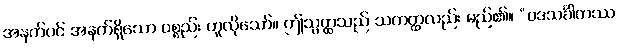
အနက်ပင် အနက်ရှိသော ပစ္စည်း ဟူလိုသော်။ ဤသွတ္ထသည် သကတ္ထလည်း မည်၏။ “ပဒသင်္ခါတဿ